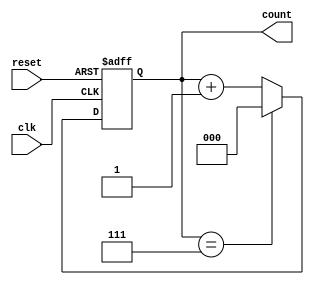
module up_counter_moore #(
    parameter N = 3  // Number of bits in the counter
) (
    input wire clk,      // Clock input
    input wire reset,    // Asynchronous reset input
    output reg [N-1:0] count  // Output count value
);

    // State transition logic
    always @(posedge clk or posedge reset) begin
        if (reset) begin
            count <= 0;  // Reset count to 0
        end else begin
            if (count == (1 << N) - 1) // Check if count has reached max value (2^N - 1)
                count <= 0;  // Wrap around to 0
            else
                count <= count + 1; // Increment the counter
        end
    end

endmodule